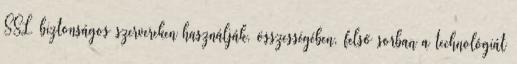
SSL biztonságos szervereken használják, összességében, felső sorban a technológiát